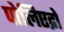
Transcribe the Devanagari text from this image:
पोलिएद्रो